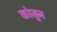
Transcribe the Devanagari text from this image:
कोजुन